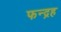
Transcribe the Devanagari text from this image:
फन्द्रह